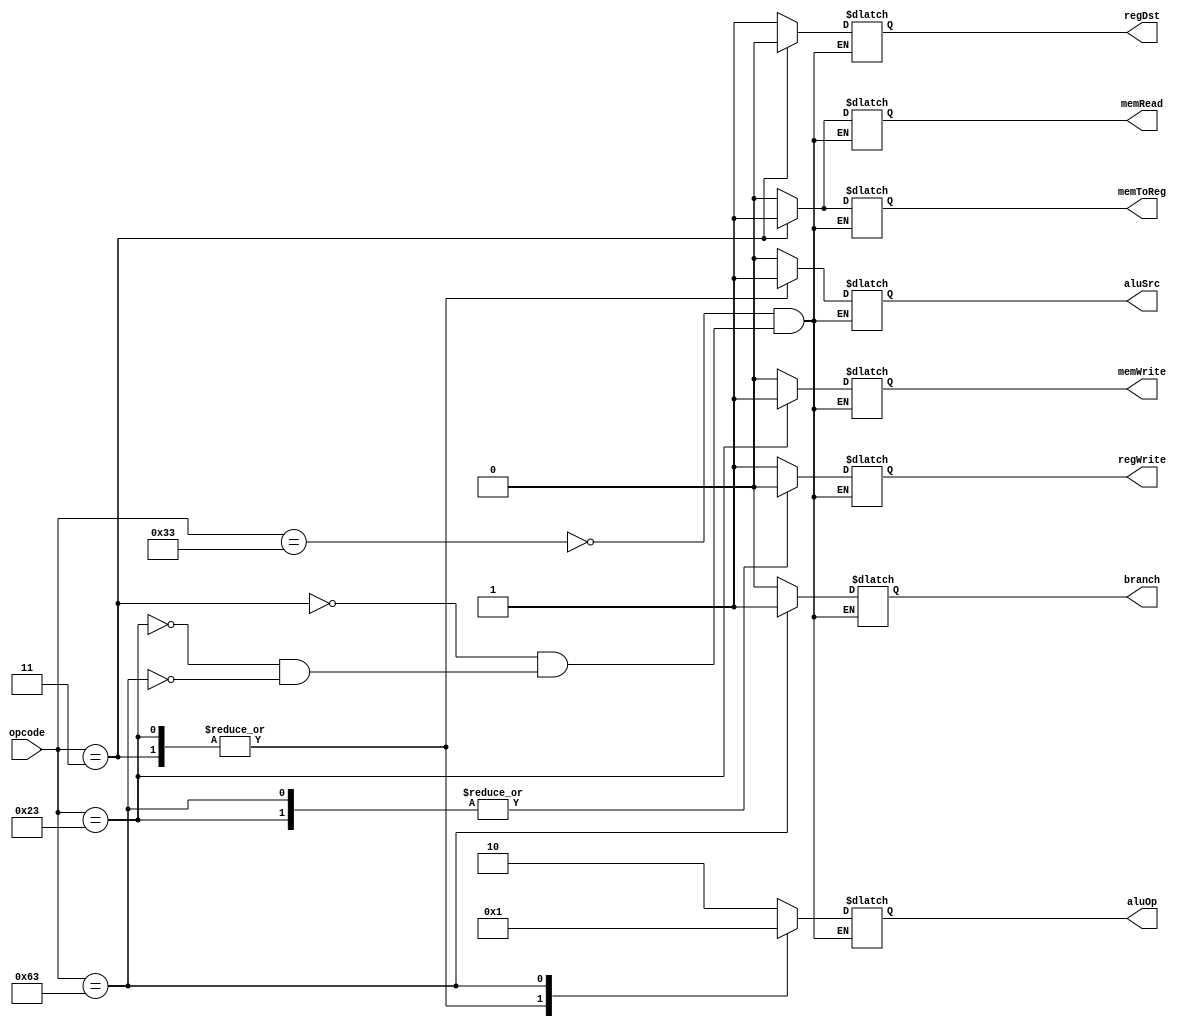
module controller ( 
    opcode,
    branch, 
    memRead, 
    memToReg, 
    memWrite, 
    aluSrc, 
    regWrite, 
    aluOp,
    regDst
);
    input wire [6:0] opcode;
    output reg branch; 
    output reg memRead; 
    output reg memToReg; 
    output reg memWrite; 
    output reg aluSrc; 
    output reg regWrite; 
    output reg [1:0] aluOp;
    output reg regDst;


    parameter R_Format = 7'b0110011;
    parameter LD = 7'b0000011;
    parameter SD = 7'b0100011;
    parameter BEQ = 7'b1100011;
    always @(*) 
    begin
        case (opcode)
            R_Format:
                begin
                    branch = 1'b0;
                    memRead = 1'b0;
                    memToReg = 1'b0;
                    memWrite = 1'b0;
                    aluSrc = 1'b0;
                    regWrite = 1'b1;
                    aluOp = 2'b10;
                    regDst = 1'b1;
                end
            LD:
                begin
                    branch = 1'b0;
                    memRead = 1'b1;
                    memToReg = 1'b1;
                    memWrite = 1'b0;
                    aluSrc = 1'b1;
                    regWrite = 1'b1;
                    aluOp = 2'b00;
                    regDst = 1'b0;
                end
            SD:
                begin
                    branch = 1'b0;
                    memRead = 1'b0;
                    memToReg = 1'bx;
                    memWrite = 1'b1;
                    aluSrc = 1'b1;
                    regWrite = 1'b0;
                    aluOp = 2'b00;
                    regDst = 1'bx;
                end
            BEQ:
                begin
                    branch = 1'b1;
                    memRead = 1'b0;
                    memToReg = 1'bx;
                    memWrite = 1'b0;
                    aluSrc = 1'b0;
                    regWrite = 1'b0;
                    aluOp = 2'b01;
                    regDst = 1'bx;
                end 
        endcase
    end
endmodule